Report on the Calcutta epizootic or cattle disease of 1864 in Calcutta and its neighbourhood
Year: 1864
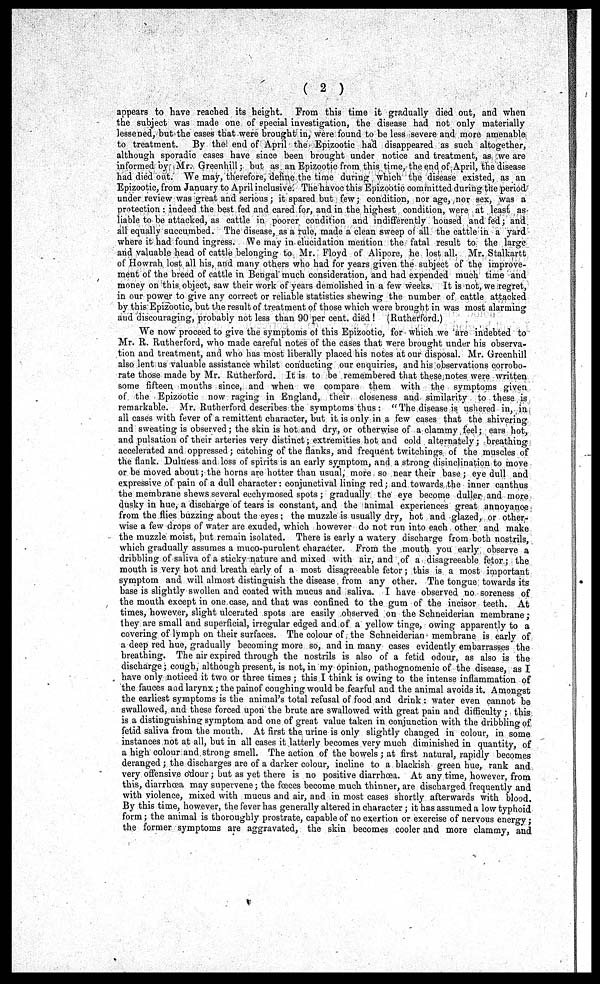
( 2 )
appears to have reached its height. From this time it gradually died out, and when
the subject was made one of special investigation, the disease had not only materially
lessened, but the cases that were brought in, were found to be less severe and more amenable
to treatment.
By the end of April the Epizootic had disappeared as such altogether,
although sporadic cases have since been brought under notice and treatment, as we are
informed by Mr. Greenhill; but as an Epizootic from this time, the end of April, the disease
had died out. We may, therefore, define the time during which the disease existed, as an
Epizootic, from January to April inclusive. The havoc this Epizootic committed during the period
under review was great and serious ; it spared but few; condition, nor age, nor sex, was a
protection : indeed the best fed and cared for, and in the highest condition, were at least as
liable to be attacked, as cattle in poorer condition and indifferently housed and fed ; and
all equally succumbed. The disease, as a rule, made a clean sweep of all the cattle in a yard
where it had found ingress. We may in elucidation mention the fatal result to the large
and valuable head of cattle belonging to Mr. Floyd of Alipore, he lost all. Mr. Stalkartt
of Howrah lost all his, and many others who had for years given the subject of the improve-
ment of the breed of cattle in Bengal much consideration, and had expended much time and
money on this object, saw their work of years demolished in a few weeks. It is not, we regret,
in our power to give any correct or reliable statistics shewing the number of cattle attacked
by this Epizootic, but the result of treatment of those which were brought in was most alarming
and discouraging, probably not less than 90 per cent. died! (Rutherford.)
We now proceed to give the symptoms of this Epizootic, for which we are indebted to
Mr. R. Rutherford, who made careful notes of the cases that were brought under his observa-
tion and treatment, and who has most liberally placed his notes at our disposal. Mr. Greenhill
also lent us valuable assistance whilst conducting our enquiries, and his observations corrobo-
rate those made by Mr. Rutherford. It is to be remembered that these notes were written
some fifteen months since, and when we compare them with the symptoms given
of the Epizootic now raging in England, their closeness and similarity to these is
remarkable. Mr. Rutherford describes the symptoms thus: "The disease is ushered in, in
all cases with fever of a remittent character, but it is only in a few cases that the shivering
and sweating is observed ; the skin is hot and dry, or otherwise of a clammy feel; ears hot,
and pulsation of their arteries very distinct; extremities hot and cold alternately; breathing
accelerated and oppressed; catching of the flauks, and frequent twitchings of the muscles of
the flank. Dulness and loss of spirits is an early symptom, and a strong disinclination to move
or be moved about; the horns are hotter than usual, more so near their base ; eye dull and
expressive of pain of a dull character : conjunctival lining red ; and towards the inner canthus
the membrane shews several ecchymosed spots ; gradually the eye become duller and more
dusky in hue, a discharge of tears is constant, and the animal experiences great annoyanœ
from the flies buzzing about the eyes; the muzzle is usually dry, hot and glazed, or other-
wise a few drops of water are exuded, which however do not run into each other and make
the muzzle moist, but remain isolated. There is early a watery discharge from both nostrils,
which gradually assumes a muco-purulent character. From the mouth you early observe a
dribbling of saliva of a sticky nature and mixed with air, and of a disagreeable fetor ; the
mouth is very hot and breath early of a most disagreeable fetor ; this is a most important
symptom and will almost distinguish the disease from any other. The tongue towards its
base is slightly swollen and coated with mucus and saliva. I have observed no soreness of
the mouth except in one case, and that was confined to the gum of the incisor teeth. At
times, however, slight ulcerated spots are easily observed on the Schneiderian membrane ;
they are small and superficial, irregular edged and of a yellow tinge, owing apparently to a
covering of lymph on their surfaces. The colour of the Schneiderian membrane is early of
a deep red hue, gradually becoming more so, and in many cases evidently embarrasses the
breathing. The air expired through the nostrils is also of a fetid odour, as also is the
discharge; cough, although present, is not, in my opinion, pathognomenic of the disease, as I
have only noticed it two or three times ; this I think is owing to the intense inflammation of
the fauces and larynx ; the pain of coughing would be fearful and the animal avoids it. Amongst
the earliest symptoms is the animal's total refusal of food and drink : water even cannot be
swallowed, and these forced upon the brute are swallowed with great pain and difficulty; this
is a distinguishing symptom and one of great value taken in conjunction with the dribbling of
fetid saliva from the mouth. At first the urine is only slightly changed in colour, in some
instances not at all, but in all cases it latterly becomes very much diminished in quantity, of
a high colour and strong smell. The action of the bowels ; at first natural, rapidly becomes
deranged; the discharges are of a darker colour, incline to a blackish green hue, rank and
very offensive odour ; but as yet there is no positive diarrhoea. At any time, however, from
this, diarrhœa may supervene; the fœces become much thinner, are discharged frequently and
with violence, mixed with mucus and air, and in most cases shortly afterwards with blood.
By this time, however, the fever has generally altered in character ; it has assumed a low typhoid
form; the animal is thoroughly prostrate, capable of no exertion or exercise of nervous energy;
the former symptoms are aggravated, the skin becomes cooler and more clammy, and